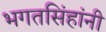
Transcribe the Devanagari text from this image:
भगतसिंहांनी